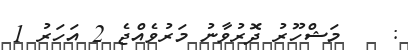
:    މަޝްހޫރު ދޮރުވާނު މަރުވެއްޖެ 2 އަހަރު 1